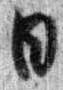
日